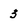
Character: 3